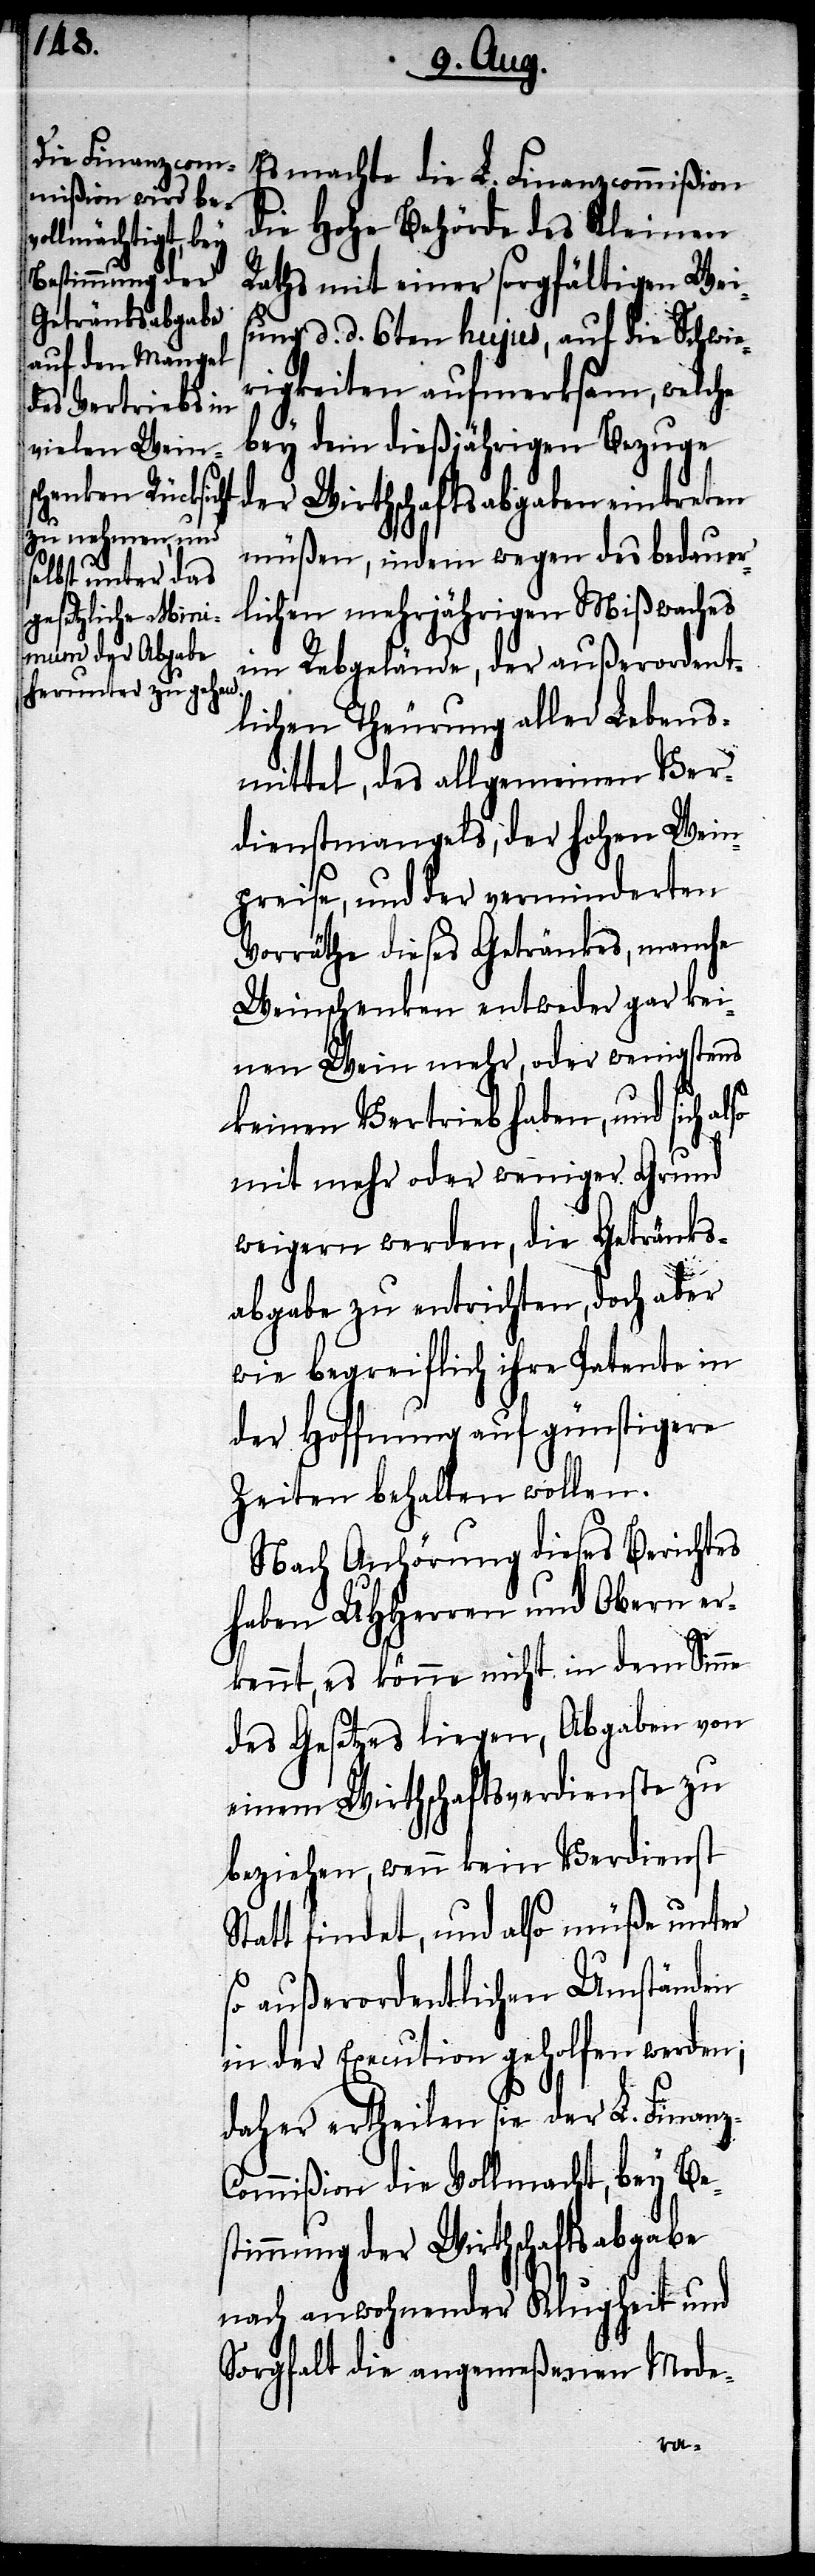
Es machte die L. Finanzcommißion
die Hohe Behörde des Kleinen
Raths mit einer sorgfältigen Weis¬
ung d. d. 6ten hujus, auf die Schwie¬
rigkeiten aufmerksam, welche
bey dem dießjährigen Bezuge
der Wirthschaftsabgaben eintreten
müßen, indem wegen des bedauer¬
lichen mehrjährigen Mißwach[s]es
im Rebgelände, der außerordent¬
lichen Theurung aller Lebens¬
mittel, des allgemeinen Ver¬
dienstmangels, der hohen Wein¬
preise, und der verminderten
Vorräthe dieses Getränkes, manche
Weinschenken entweder gar kei¬
nen Wein mehr, oder wenigstens
keinen Vertrieb haben, und sich
mit mehr oder weniger Grund
weigern werden, die Getränks¬
abgabe zu entrichten, doch aber
wie begreiflich ihre Petente in
der Hoffnung auf günstigere
Zeiten behalten wollen.
Nach Anhörung dieses Berichtes
haben UHHerren und Obern er¬
kennt, es könne nicht in dem Sinne
des Gesetzes liegen, Abgaben von
einem Wirthschaftsverdienste zu
beziehen, wenn kein Verdienst
Statt findet, und also müße unter
so außerordentlichen Umständen
in der Execution geholfen werden;
daher ertheilen sie der L. Finan¬
ommißion die Vollmacht, bey Be¬
stimmung der Wirthschaftsabgabe
nach anwohnender Klugheit und
Sorgfalt die angemeßenen Mode-
z-C¬